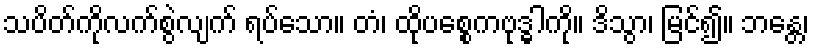
သပိတ်ကိုလက်စွဲလျက် ရပ်သော။ တံ၊ ထိုပစ္စေကဗုဒ္ဓါကို။ ဒိသွာ၊ မြင်၍။ ဘန္တေ၊